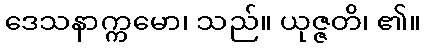
ဒေသနာက္ကမော၊ သည်။ ယုဇ္ဇတိ၊ ၏။